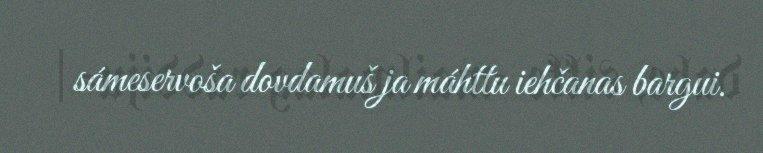
sámeservoša dovdamuš ja máhttu iehčanas bargui.